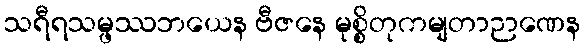
သရီရသမ္ဖဿဘယေန ဗီဇနေ မုစ္စိတုကမျတာဉာဏေန